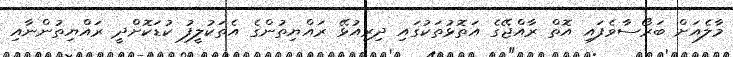
މާލެއަށް ބަރޯސާވެފައި އޮތް ރާއްޖޭގެ އަތޮޅުތަކުގައި ދިރިއުޅޭ ރައްޔިތުންގެ އެތަކުލީފު ކުޑަކޮށްދީ ރައްޔިތުންނާއި